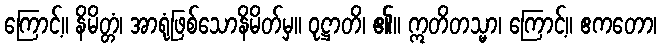
ကြောင့်။ နိမိတ္တံ၊ အာရုံဖြစ်သောနိမိတ်မှ။ ဝုဋ္ဌာတိ၊ ၏။ ဣတိတသ္မာ၊ ကြောင့်။ ဧကတော၊